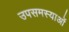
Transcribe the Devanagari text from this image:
उपसमस्याओं